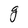
Character: g